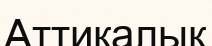
Аттикалық